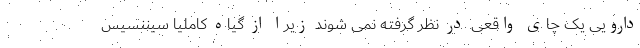
دارویی یک چای واقعی در نظر گرفته نمی شوند زیرا از گیاه کاملیا سیننسیس